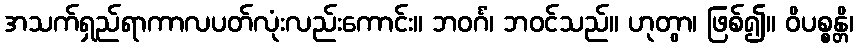
အသက်ရှည်ရာကာလပတ်လုံးလည်းကောင်း။ ဘဝင်္ဂံ၊ ဘဝင်သည်။ ဟုတွာ၊ ဖြစ်၍။ ဝိပစ္စန္တိ၊